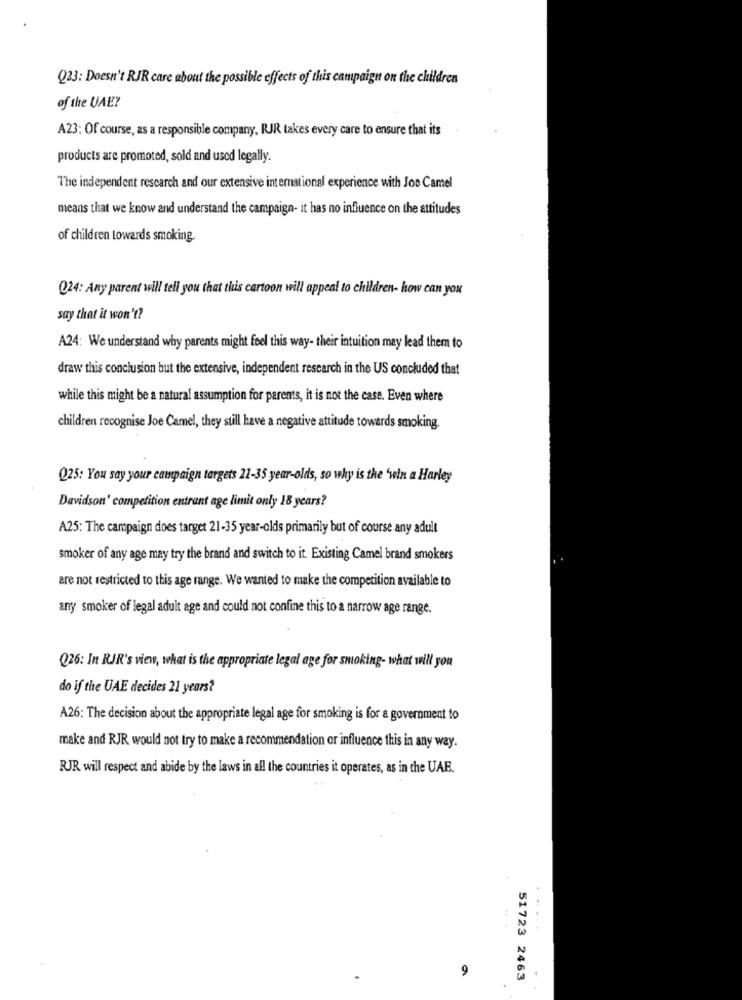
Q23: Doesn't RIR care about the possible effects of this campaign on the children
of the UAE?
A23: Of course, as a responsible company, RUR takes every care to ensure that its
products are promoted, sold and used legally.
The independent research and our extensive international experience with Joe Camel
means that we know and understand the campaign- it has no influence on the attitudes
of children towards smoking.
024: Any parent will tell you that this cartoon will appeal to children- how can you
say that it won't?
A24: We understand why parents might feel this way- their intuition may lead them to
draw this conclusion but the extensive, independent research in the US concluded that
while this might be a natural assumption for parents, it is not the case. Even where
children recognise Joe Camel, they still have a negative attitude towards smoking.
Q25: You say your campaign targets 21-35 year-olds, so why is the 'win a Harley
Davidson' competition entrant age limit only 18 years?
A25: The campaign does target 21-35 year-olds primarily but of course any adult
smoker of any age may try the brand and switch to it. Existing Camel brand smokers
are not restricted to this age range. We wanted to make the competition available to
any smoker of legal adult age and could not confine this to a narrow age range.
Q26: In RJR's view, what is the appropriate legal age for smoking- what will you
do if the UAE decides 21 years?
A26: The decision about the appropriate legal age for smoking is for a government to
make and RJR would not try to make a recommendation or influence this in any way.
RJR will respect and abide by the laws in all the countries it operates, as in the UAE.
9
51723 2463